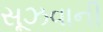
સૂઝવાની